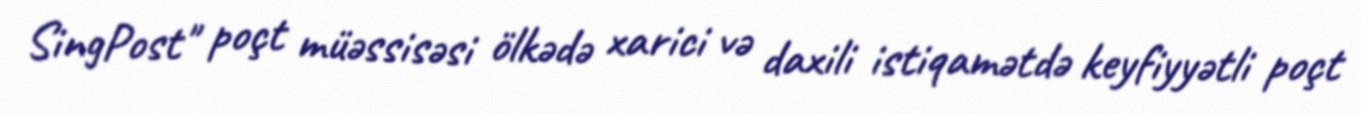
SingPost" poçt müəssisəsi ölkədə xarici və daxili istiqamətdə keyfiyyətli poçt